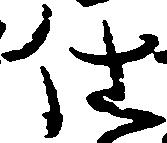
仕